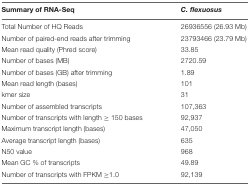
| Summary of RNA-Seq | C. flexuosus |
 | --- | --- |
 | Total Number of HQ Reads | 26936556 (26.93 Mb) |
 | Number of paired-end reads after trimming | 23793466 (23.79 Mb) |
 | Mean read quality (Phred score) | 33.85 |
 | Number of bases (MB) | 2720.59 |
 | Number of bases (GB) after trimming | 1.89 |
 | Mean read length (bases) | 101 |
 | kmer size | 31 |
 | Number of assembled transcripts | 107,363 |
 | Number of transcripts with length ≥ 150 bases | 92,937 |
 | Maximum transcript length (bases) | 47,050 |
 | Average transcript length (bases) | 635 |
 | N50 value | 968 |
 | Mean GC % of transcripts | 49.89 |
 | Number of transcripts with FPKM ≥1.0 | 92,139 |